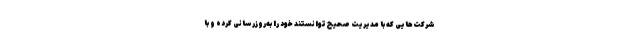
شرکت‌هایی که با مدیریت صحیح توانستند خود را به‌روزرسانی کرده و با